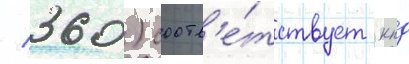
/ 360) соотв'е́тствует кпд